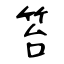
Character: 笞